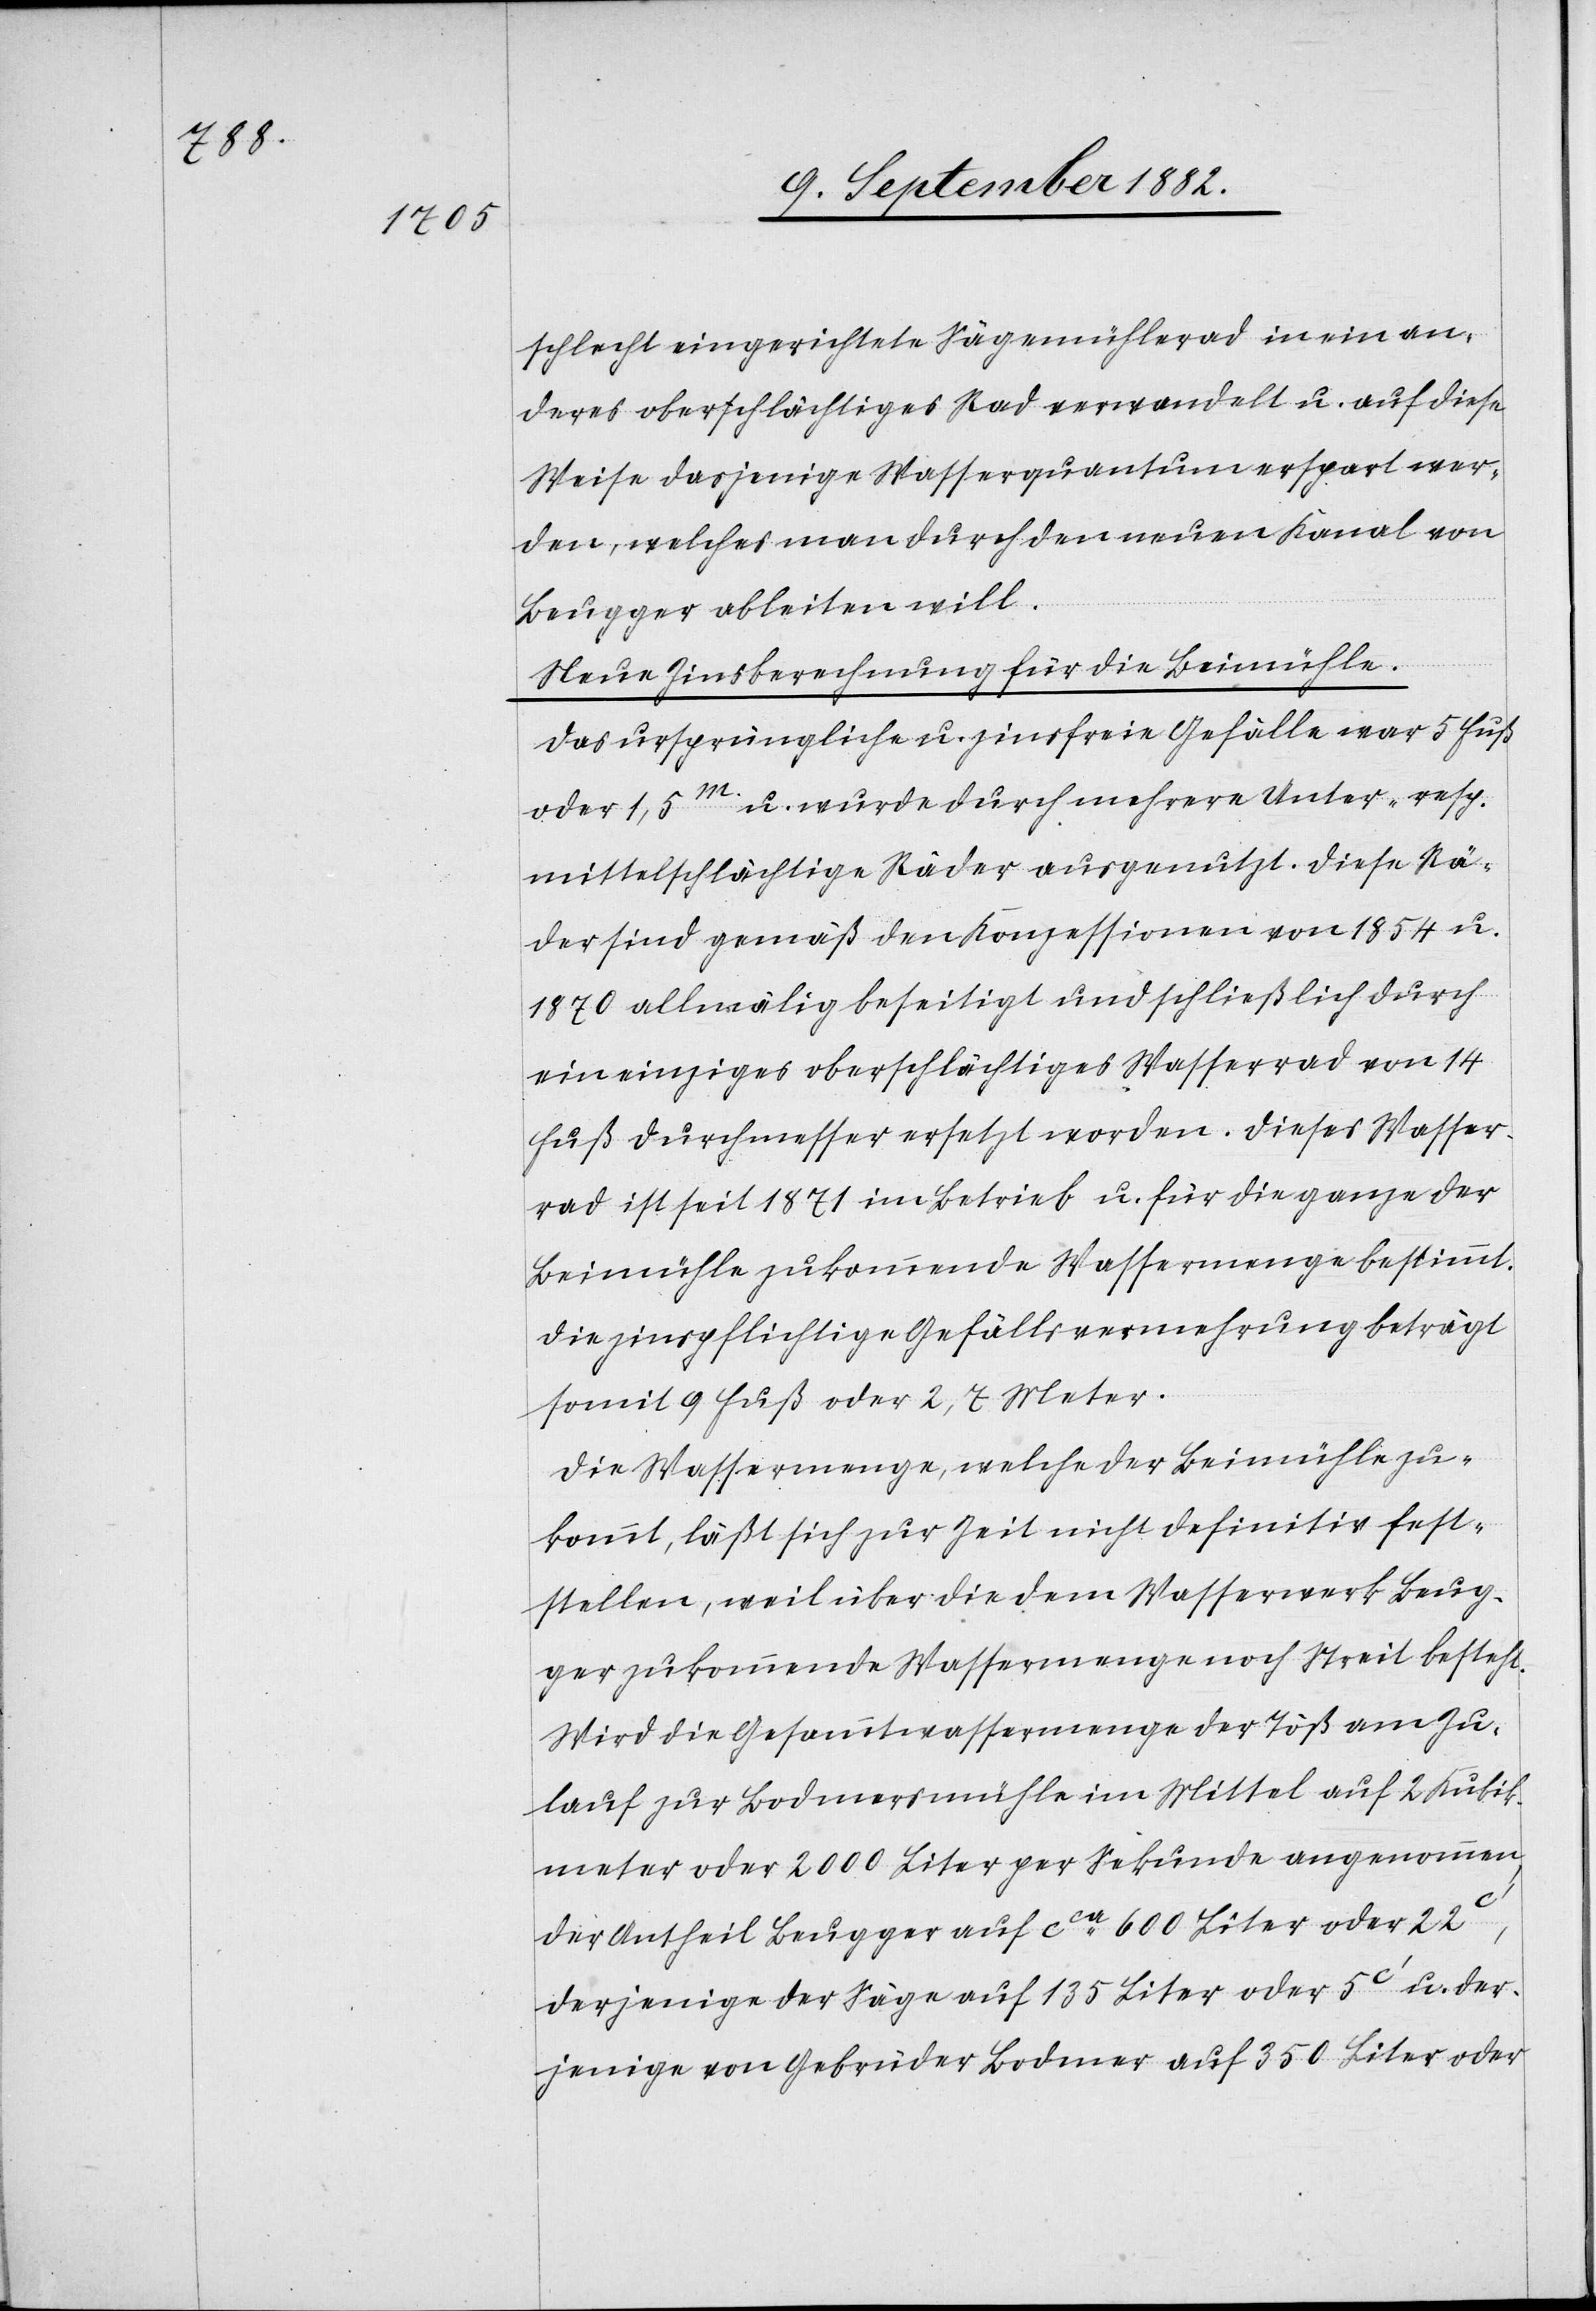
schlecht eingerichtete Sägemühlerad in ein an¬
deres oberschlächtiges Rad verwandelt u. auf diese
Weise dasjenige Wasserquantum erspart wer¬
den, welches man durch den neuen Kanal von
Beugger ableiten will.
Neue Zinsberechnung für die Beimühle.
Das ursprüngliche u. zinsfreie Gefälle war 5 Fuß
oder 1,5m u. wurde durch mehrere Unter- resp.
mittelschlächtige Räder ausgenutzt. Diese Rä¬
der sind gemäß den Konzessionen von 1854 u.
1870 allmälig beseitigt und schließlich durch
ein einziges oberschlächtiges Wasserrad von 14
Fuß Durchmesser ersetzt worden. Dieses Wasser¬
rad ist seit 1871 im Betrieb u. für die ganze der
Beimühle zukommende Wassermenge bestimmt.
Die zinspflichtige Gefällsvermehrung beträgt
somit 9 Fuß oder 2,7 Meter.
Die Wassermenge, welche der Beimühle zu¬
kommt, läßt sich zur Zeit nicht definitiv fest¬
stellen, weil über die dem Wasserwerk Beug¬
ger zukommende Wassermenge noch Streit besteht.
Wird die Gesammtwassermenge der Töß am Zu¬
lauf zur Bodmersmühle im Mittel auf 2 Kubik¬
meter oder 2000 Liter per Sekunde angenommen,
der Antheil Beugger auf ca 600 Liter oder 22c‘,
derjenige der Säge auf 135 Liter oder 5c‘ u. der¬
jenige von Gebrüder Bodmer auf 350 Liter oder